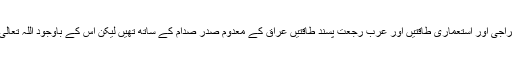
آٹھ سالہ مسلط کردہ جنگ میں تمام سامراجی اور استعماری طاقتیں اور عرب رجعت پسند طاقتیں عراق کے معدوم صدر صدام کے ساتھ تھیں لیکن اس کے باوجود اللہ تعالی نے ایرانی قوم کو فتح و ظفر عطا کی۔